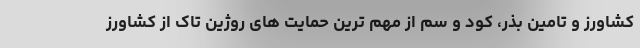
کشاورز و تامین بذر، کود و سم از مهم ترین حمایت های روژین تاک از کشاورز